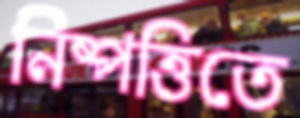
নিষ্পত্তিতে